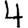
Digit: 4